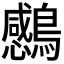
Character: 𮭗